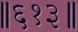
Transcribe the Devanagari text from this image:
॥६१३॥